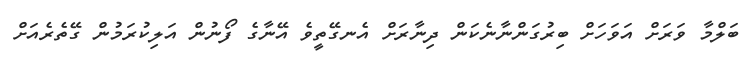
ބަލްމާ ވަރަށް އަވަހަށް ބިރުގަންނާނެކަން ދިނާރަށް އެނގޭތީވެ އޭނާގެ ފޯނުން އަލިކުރަމުން ގޭތެރެއަށް